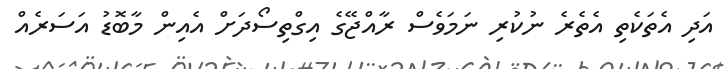
އަދި އެތަކެތި އެތެރެ ނުކުރި ނަމަވެސް ރާއްޖޭގެ އިގްތިސޯދަށް އެއިން މާބޮޑު އަސަރެއް